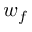
w _ { f }